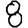
Digit: 8